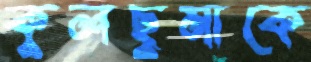
কুলছুমাকে